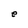
Character: e